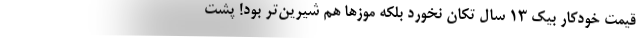
قیمت خودکار بیک 13 سال تکان نخورد بلکه موزها هم شیرین‌تر بود! پشت